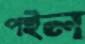
পইল